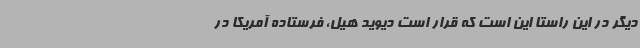
دیگر در این راستا این است که قرار است دیوید هیل، فرستاده آمریکا در